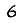
Digit: 6